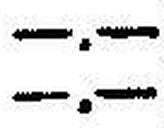
—.—